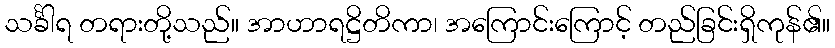
သင်္ခါရ တရားတို့သည်။ အာဟာရဋ္ဌိတိကာ၊ အကြောင်းကြောင့် တည်ခြင်းရှိကုန်၏။